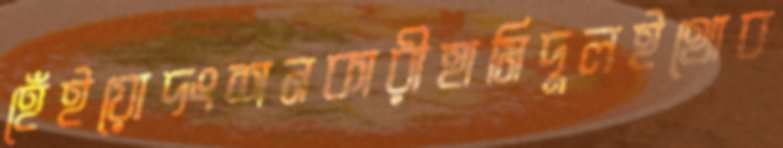
হেঁইয়োদংশনকারীহামিদুলইথোব